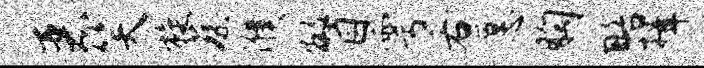
恶笑旋蔡濮瞥雩右愿胸略揖